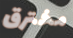
مخترق